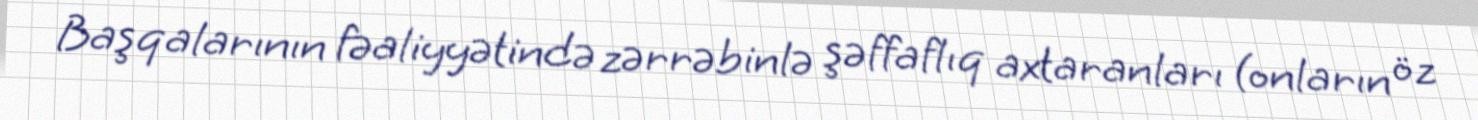
Başqalarının fəaliyyətində zərrəbinlə şəffaflıq axtaranları (onların öz